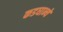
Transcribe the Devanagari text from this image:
कडघान्ये